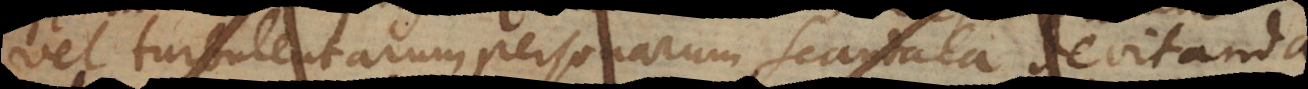
vel turbulentarum personarum scandala devitanda